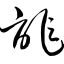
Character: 诈